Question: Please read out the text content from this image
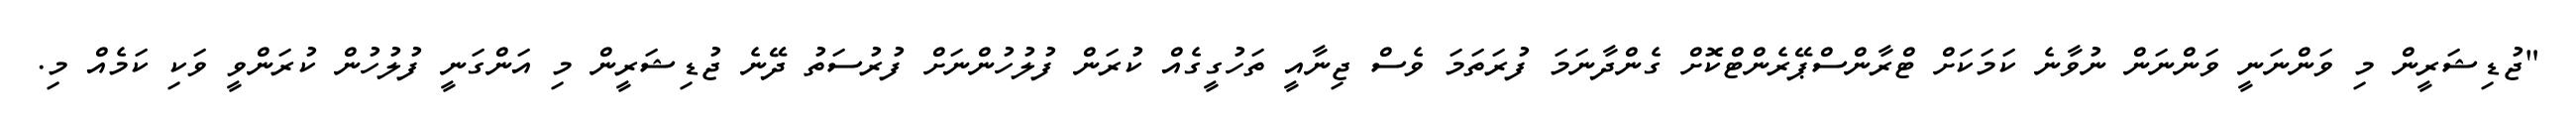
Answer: "ޖުޑިޝަރީން މި ވަންނަނީ ވަންނަން ނުވާނެ ކަމަކަށް ޓްރާންސްޕޭރެންޓްކޮށް ގެންދާނަމަ ފުރަތަމަ ވެސް ޖިނާއީ ތަހުގީގެއް ކުރަން ފުލުހުންނަށް ފުރުސަތު ދޭނެ ޖުޑިޝަރީން މި އަންގަނީ ފުލުހުން ކުރަންވީ ވަކި ކަމެއް މި.